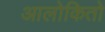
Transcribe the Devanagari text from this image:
आलोकितो